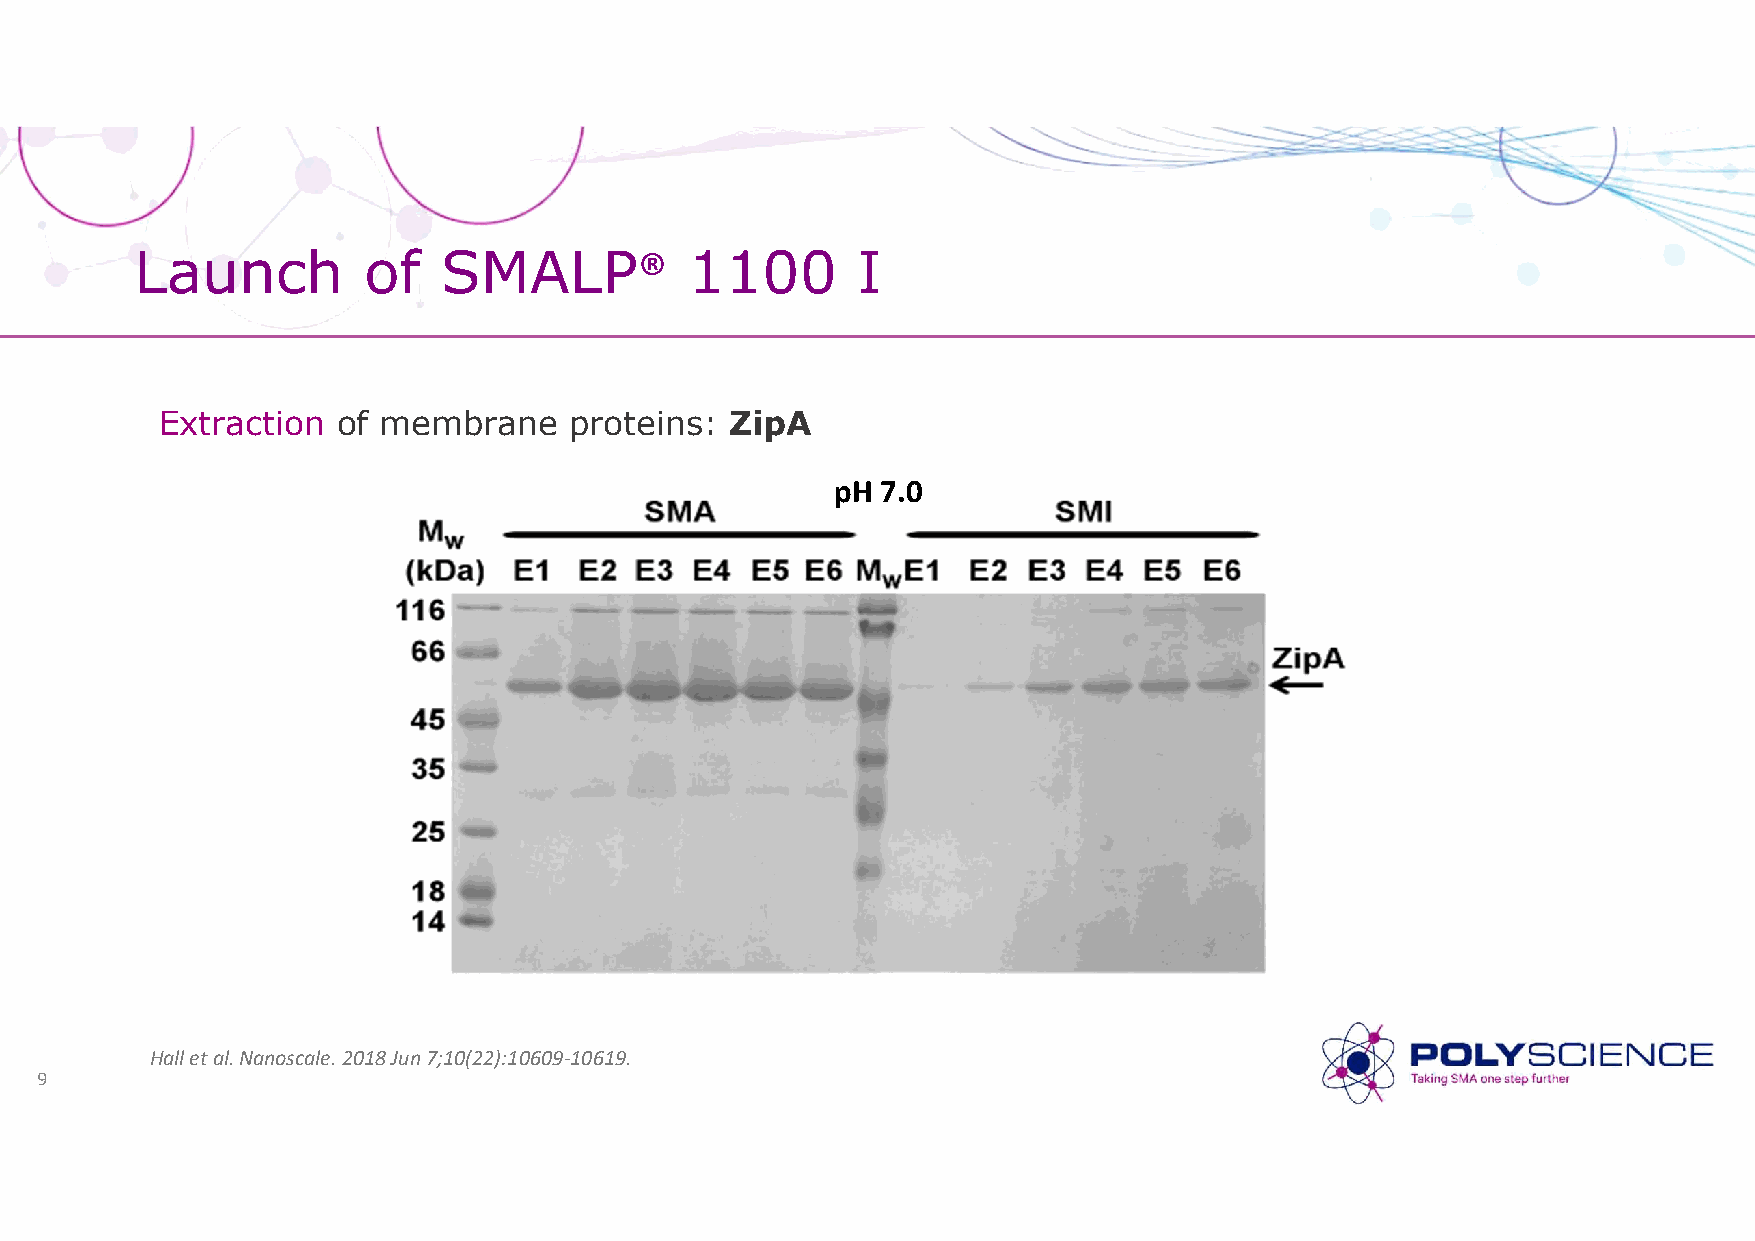
Launch         of   SMALP®           1100       I
 Extraction of membrane     proteins: ZipA
 pH 7.0
 Hall et al. Nanoscale. 2018 Jun 7;10(22):10609-10619.
 9